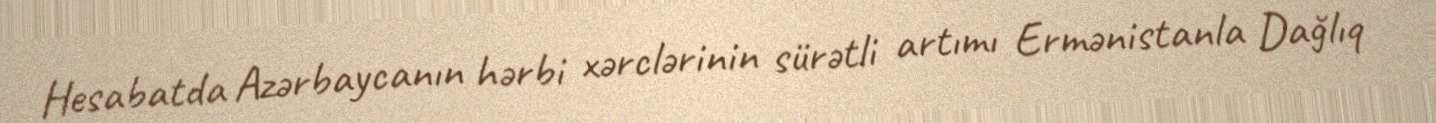
Hesabatda Azərbaycanın hərbi xərclərinin sürətli artımı Ermənistanla Dağlıq